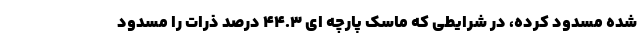
شده مسدود کرده، در شرایطی که ماسک پارچه ای 44.3 درصد ذرات را مسدود